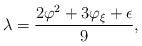
LaTeX: \begin{align*} \lambda=\frac{2\varphi^2+3\varphi_{\xi}+\epsilon}{9}, \end{align*}